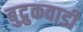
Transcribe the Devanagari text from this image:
बुद्रुकवाडी